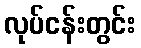
လုပ်ငန်းတွင်း